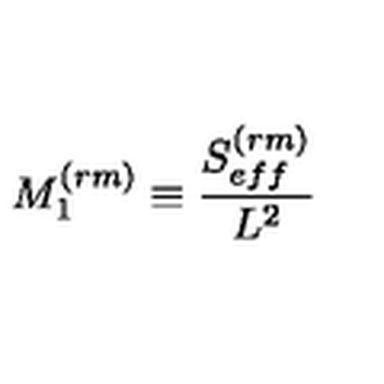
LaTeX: M _ { 1 } ^ { ( r m ) } \equiv \frac { S _ { e f f } ^ { ( r m ) } } { L ^ { 2 } }